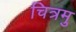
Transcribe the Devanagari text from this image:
चित्रमु